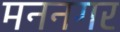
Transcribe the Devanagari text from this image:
मननगर